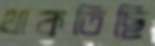
থাকতিছি